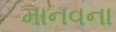
માનવના